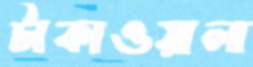
টাকাওয়ালা